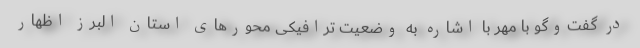
در گفت‌وگو با مهر با اشاره به وضعیت ترافیکی محورهای استان البرز اظهار